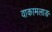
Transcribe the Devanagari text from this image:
वाकामलाङ